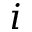
i